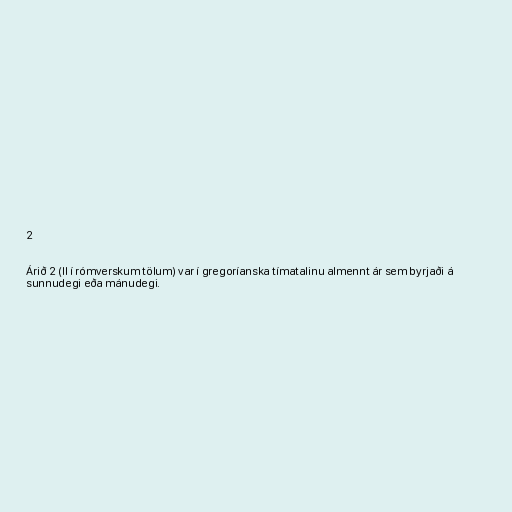
2

Árið 2 (II í rómverskum tölum) var í gregoríanska tímatalinu almennt ár sem byrjaði á
sunnudegi eða mánudegi.